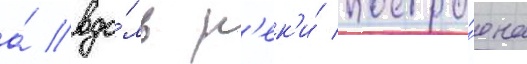
а́ вдо́ль р'ек'и́ постро́ена